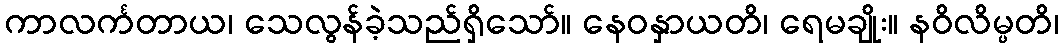
ကာလင်္ကတာယ၊ သေလွန်ခဲ့သည်ရှိသော်။ နေဝနှာယတိ၊ ရေမချိုး။ နဝိလိမ္ပတိ၊